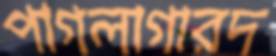
পাগলাগারদ